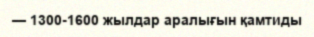
— 1300-1600 жылдар аралығын қамтиды